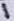
Text: 1